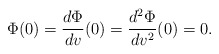
\begin{align*} \Phi(0)=\frac{d\Phi}{dv}(0)=\frac{d^2\Phi}{dv^2}(0)=0.\end{align*}